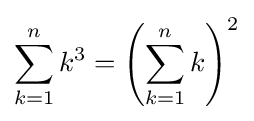
\sum _{k=1}^{n}k^{3}=\left(\sum _{k=1}^{n}k\right)^{2}